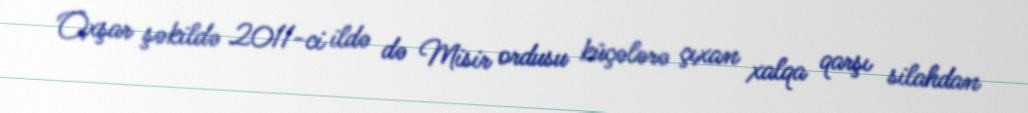
Oxşar şəkildə 2011-ci ildə də Misir ordusu küçələrə çıxan xalqa qarşı silahdan